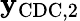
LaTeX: \mathbf{y}_{\mathrm{CDC},2}